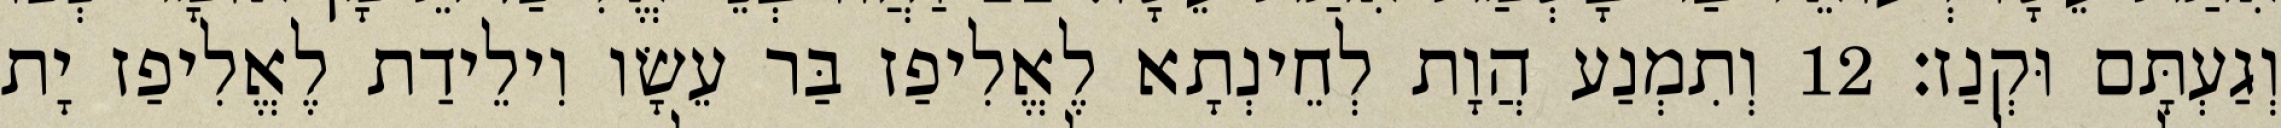
וְגַעְתָּם וּקְנַז׃ 12 וְתִמְנַע הֲוָת לְחֵינְתָא לֶאֱלִיפַז בַּר עֵשָׂו וִילֵידַת לֶאֱלִיפַז יָת